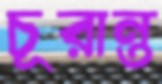
চূরান্ত